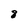
Character: 8